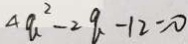
4 a ^ { 2 } - 2 q - 1 2 = 0